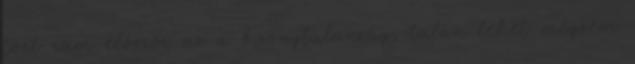
tört rám először az a bizonytalanság, talán lehet mégsem